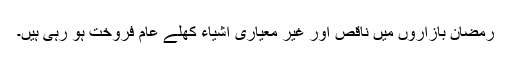
رمضان بازاروں میں ناقص اور غیر معیاری اشیاء کھلے عام فروخت ہو رہی ہیں۔